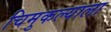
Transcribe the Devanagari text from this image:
चिमुकल्याला